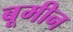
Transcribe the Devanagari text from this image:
बूमीन